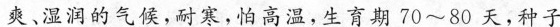
爽﹑湿润的气候，耐寒，怕高温，生育期70~80天，种子